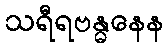
သရီရဗန္ဓနေန